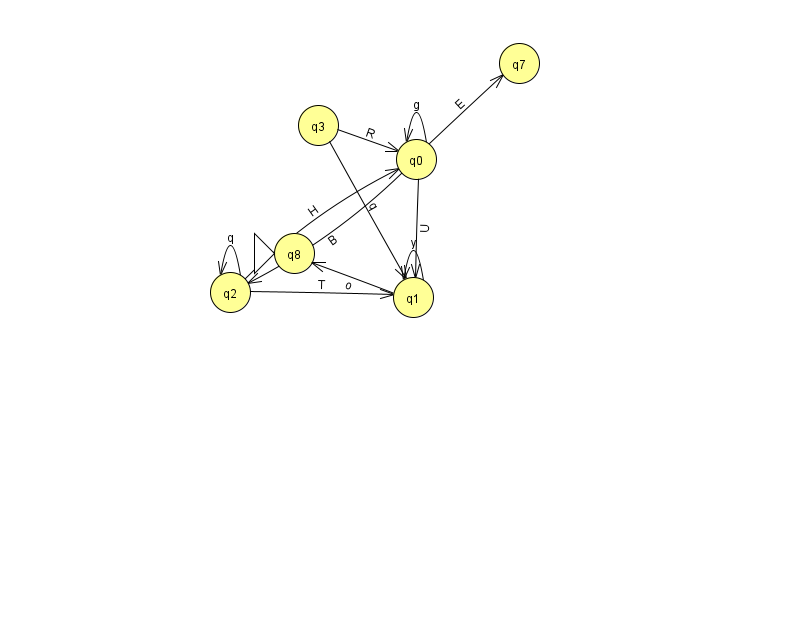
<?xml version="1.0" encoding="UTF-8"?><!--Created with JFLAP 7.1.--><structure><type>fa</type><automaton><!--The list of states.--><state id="0" name="q0"><x>416.0</x><y>146.0</y></state><state id="1" name="q1"><x>413.0</x><y>284.0</y></state><state id="2" name="q2"><x>230.0</x><y>279.0</y></state><state id="3" name="q3"><x>318.0</x><y>112.0</y></state><state id="7" name="q7"><x>519.0</x><y>50.0</y></state><state id="8" name="q8"><x>294.0</x><y>240.0</y><initial/></state><!--The list of transitions.--><transition><from>0</from><to>1</to><read>U</read></transition><transition><from>2</from><to>2</to><read>q</read></transition><transition><from>3</from><to>1</to><read>q</read></transition><transition><from>2</from><to>1</to><read>T</read></transition><transition><from>0</from><to>2</to><read>B</read></transition><transition><from>1</from><to>8</to><read>o</read></transition><transition><from>3</from><to>0</to><read>R</read></transition><transition><from>0</from><to>0</to><read>g</read></transition><transition><from>0</from><to>7</to><read>E</read></transition><transition><from>1</from><to>1</to><read>y</read></transition><transition><from>2</from><to>0</to><read>H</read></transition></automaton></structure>